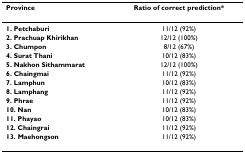
<table><thead><tr><td><b>Province</b></td><td><b>Ratio of correct prediction*</b></td></tr></thead><tbody><tr><td><b>1. Petchaburi</b></td><td>11/12 (92%)</td></tr><tr><td><b>2. Prachuap Khirikhan</b></td><td>12/12 (100%)</td></tr><tr><td><b>3. Chumpon</b></td><td>8/12 (67%)</td></tr><tr><td><b>4. Surat Thani</b></td><td>10/12 (83%)</td></tr><tr><td><b>5. Nakhon Sithammarat</b></td><td>12/12 (100%)</td></tr><tr><td><b>6. Chaingmai</b></td><td>11/12 (92%)</td></tr><tr><td><b>7. Lamphun</b></td><td>10/12 (83%)</td></tr><tr><td><b>8. Lamphang</b></td><td>11/12 (92%)</td></tr><tr><td><b>9. Phrae</b></td><td>11/12 (92%)</td></tr><tr><td><b>10. Nan</b></td><td>10/12 (83%)</td></tr><tr><td><b>11. Phayao</b></td><td>10/12 (83%)</td></tr><tr><td><b>12. Chaingrai</b></td><td>11/12 (92%)</td></tr><tr><td><b>13. Maehongson</b></td><td>11/12 (92%)</td></tr></tbody></table>